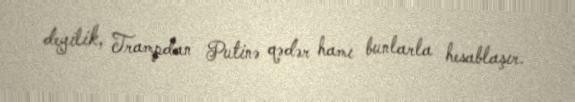
deyilik, Trampdan Putinə qədər hamı bunlarla hesablaşır.